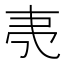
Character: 𬻒